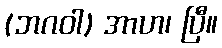
(ဘဂဝါ) အာဟ၊ ပြီ။